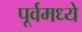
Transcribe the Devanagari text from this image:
पूर्वमध्ये